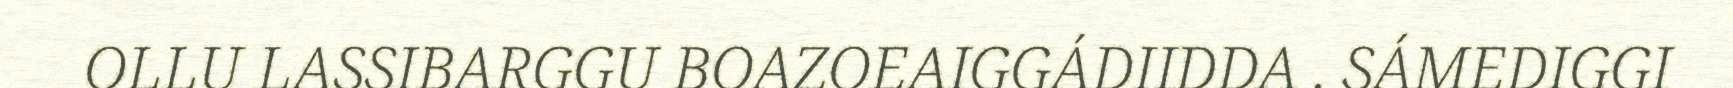
OLLU LASSIBARGGU BOAZOEAIGGÁDIIDDA . SÁMEDIGGI